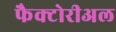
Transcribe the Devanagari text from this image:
फैक्टोरीअल